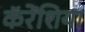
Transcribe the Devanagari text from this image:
कॅरेंशिया